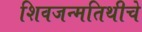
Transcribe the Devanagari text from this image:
शिवजन्मतिथीचे